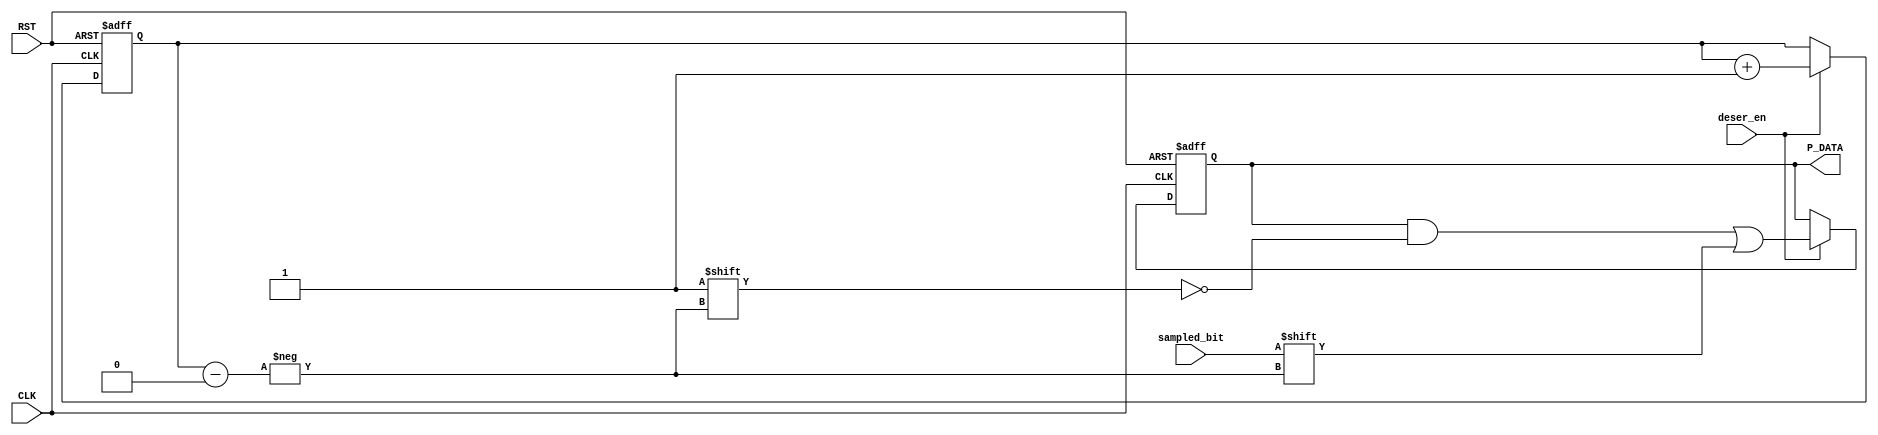
module deserilazer (
sampled_bit,CLK,RST,deser_en,P_DATA
);
input deser_en,sampled_bit;
input CLK,RST;
output reg [7:0] P_DATA;
reg [2:0] count;
always @(posedge CLK or negedge RST) begin
if (!RST) begin
    P_DATA<=0;
    count <= 0;
end else begin
    if(deser_en)
    begin
    P_DATA[count] <= sampled_bit;
    count <= count +1 ;
    end
end    
end  
endmodule